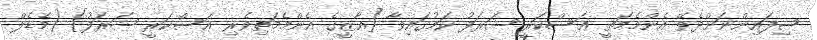
ސިފައިންނަށްދެވޭ އެންމެމަތީ ޢަސްކަރީ ޝަރަފު ކަމުގައިވާ [ޣާޒީގެ އެންމެމަތިވެރި ޢަސްކަރީ ޝަރަފު] (މެޑެލް